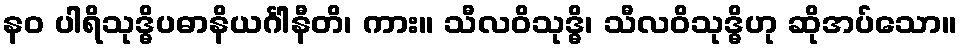
နဝ ပါရိသုဒ္ဓိပဓာနိယင်္ဂါနီတိ၊ ကား။ သီလဝိသုဒ္ဓိ၊ သီလဝိသုဒ္ဓိဟု ဆိုအပ်သော။